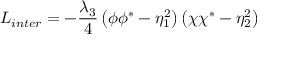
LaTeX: { \cal L } _ { i n t e r } = - \frac { \lambda _ { 3 } } { 4 } \left( \phi \phi ^ { * } - \eta _ { 1 } ^ { 2 } \right) \left( \chi \chi ^ { * } - \eta _ { 2 } ^ { 2 } \right)